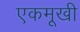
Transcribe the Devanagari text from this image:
एकमूखी